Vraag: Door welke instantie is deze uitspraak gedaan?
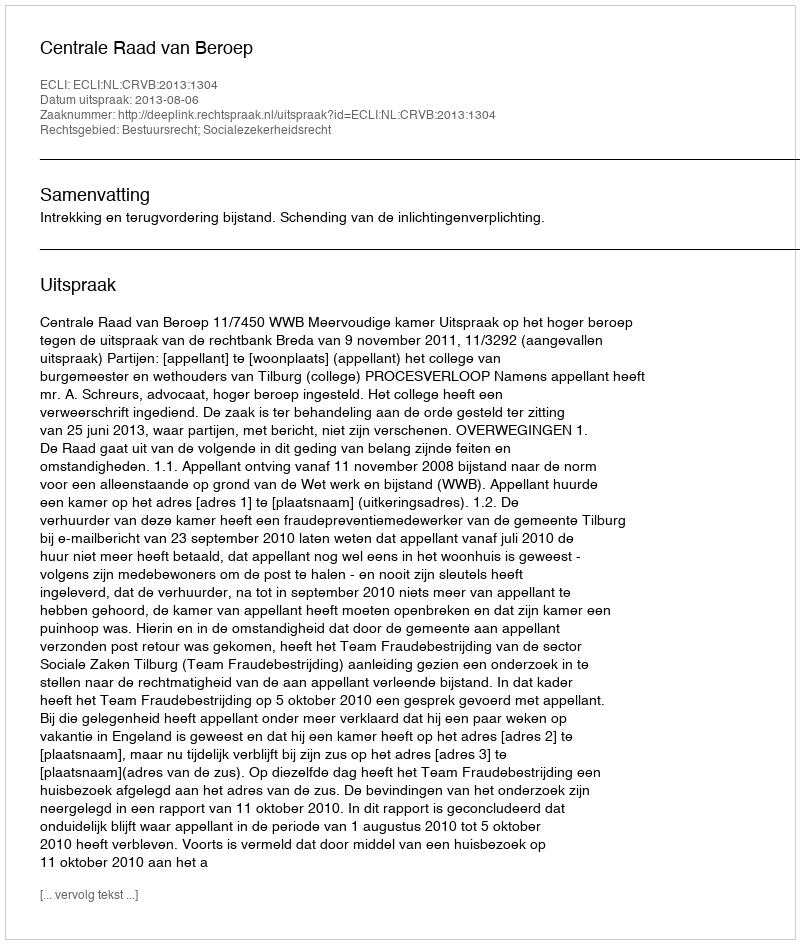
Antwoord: Centrale Raad van Beroep